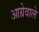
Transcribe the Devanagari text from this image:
आग्रेवाले